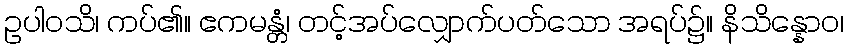
ဥပါဝသိ၊ ကပ်၏။ ဧကမန္တံ၊ တင့်အပ်လျှောက်ပတ်သော အရပ်၌။ နိသိန္နောဝ၊